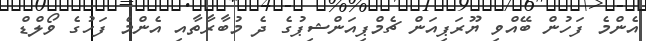
އެންމެ ފަހުން ބޭއްވި ޔޫރަޕިއަން ޗެމްޕިއަންޝިޕުގެ ދެ މުބާރާތާއި އެންމެ ފަހުގެ ވޯލްޑް